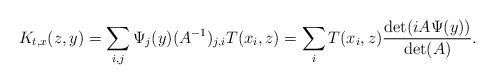
LaTeX: \begin{align*}K_{t,x}(z,y) = \sum_{i,j} \Psi_j(y) (A^{-1})_{j,i} T(x_i,z) = \sum_i T(x_i,z) \frac{\det ( i A \Psi(y))}{\det (A)}.\end{align*}